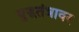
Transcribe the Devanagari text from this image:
युद्धतंत्रावर